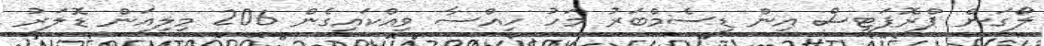
ލޯގަން ޕްރޮޕަޓީސް އިން ޑިސެމްބަރު މަހު ހިއްސާ ވިއްކައިގެން 206 މިލިއަން ޑޮލަރު